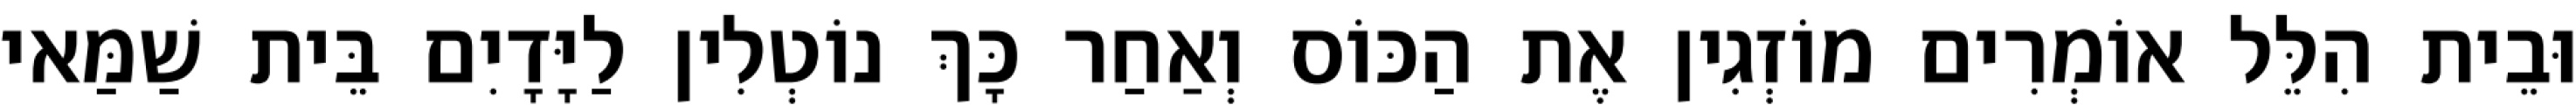
וּבֵית הִלֵּל אוֹמְרִים מוֹזְגִין אֶת הַכּוֹס וְאַחַר כָּךְ נוֹטְלִין לַיָּדָיִם בֵּית שַׁמַּאי